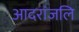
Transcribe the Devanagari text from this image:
आदरांजलि